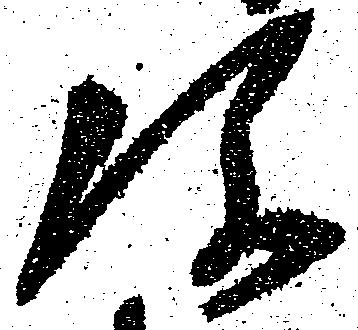
弥